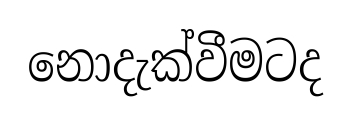
නොදැක්වීමටද